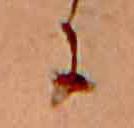
に